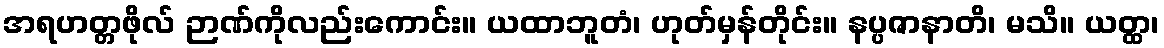
အရဟတ္တဖိုလ် ဉာဏ်ကိုလည်းကောင်း။ ယထာဘူတံ၊ ဟုတ်မှန်တိုင်း။ နပ္ပဇာနာတိ၊ မသိ။ ယတ္ထ၊